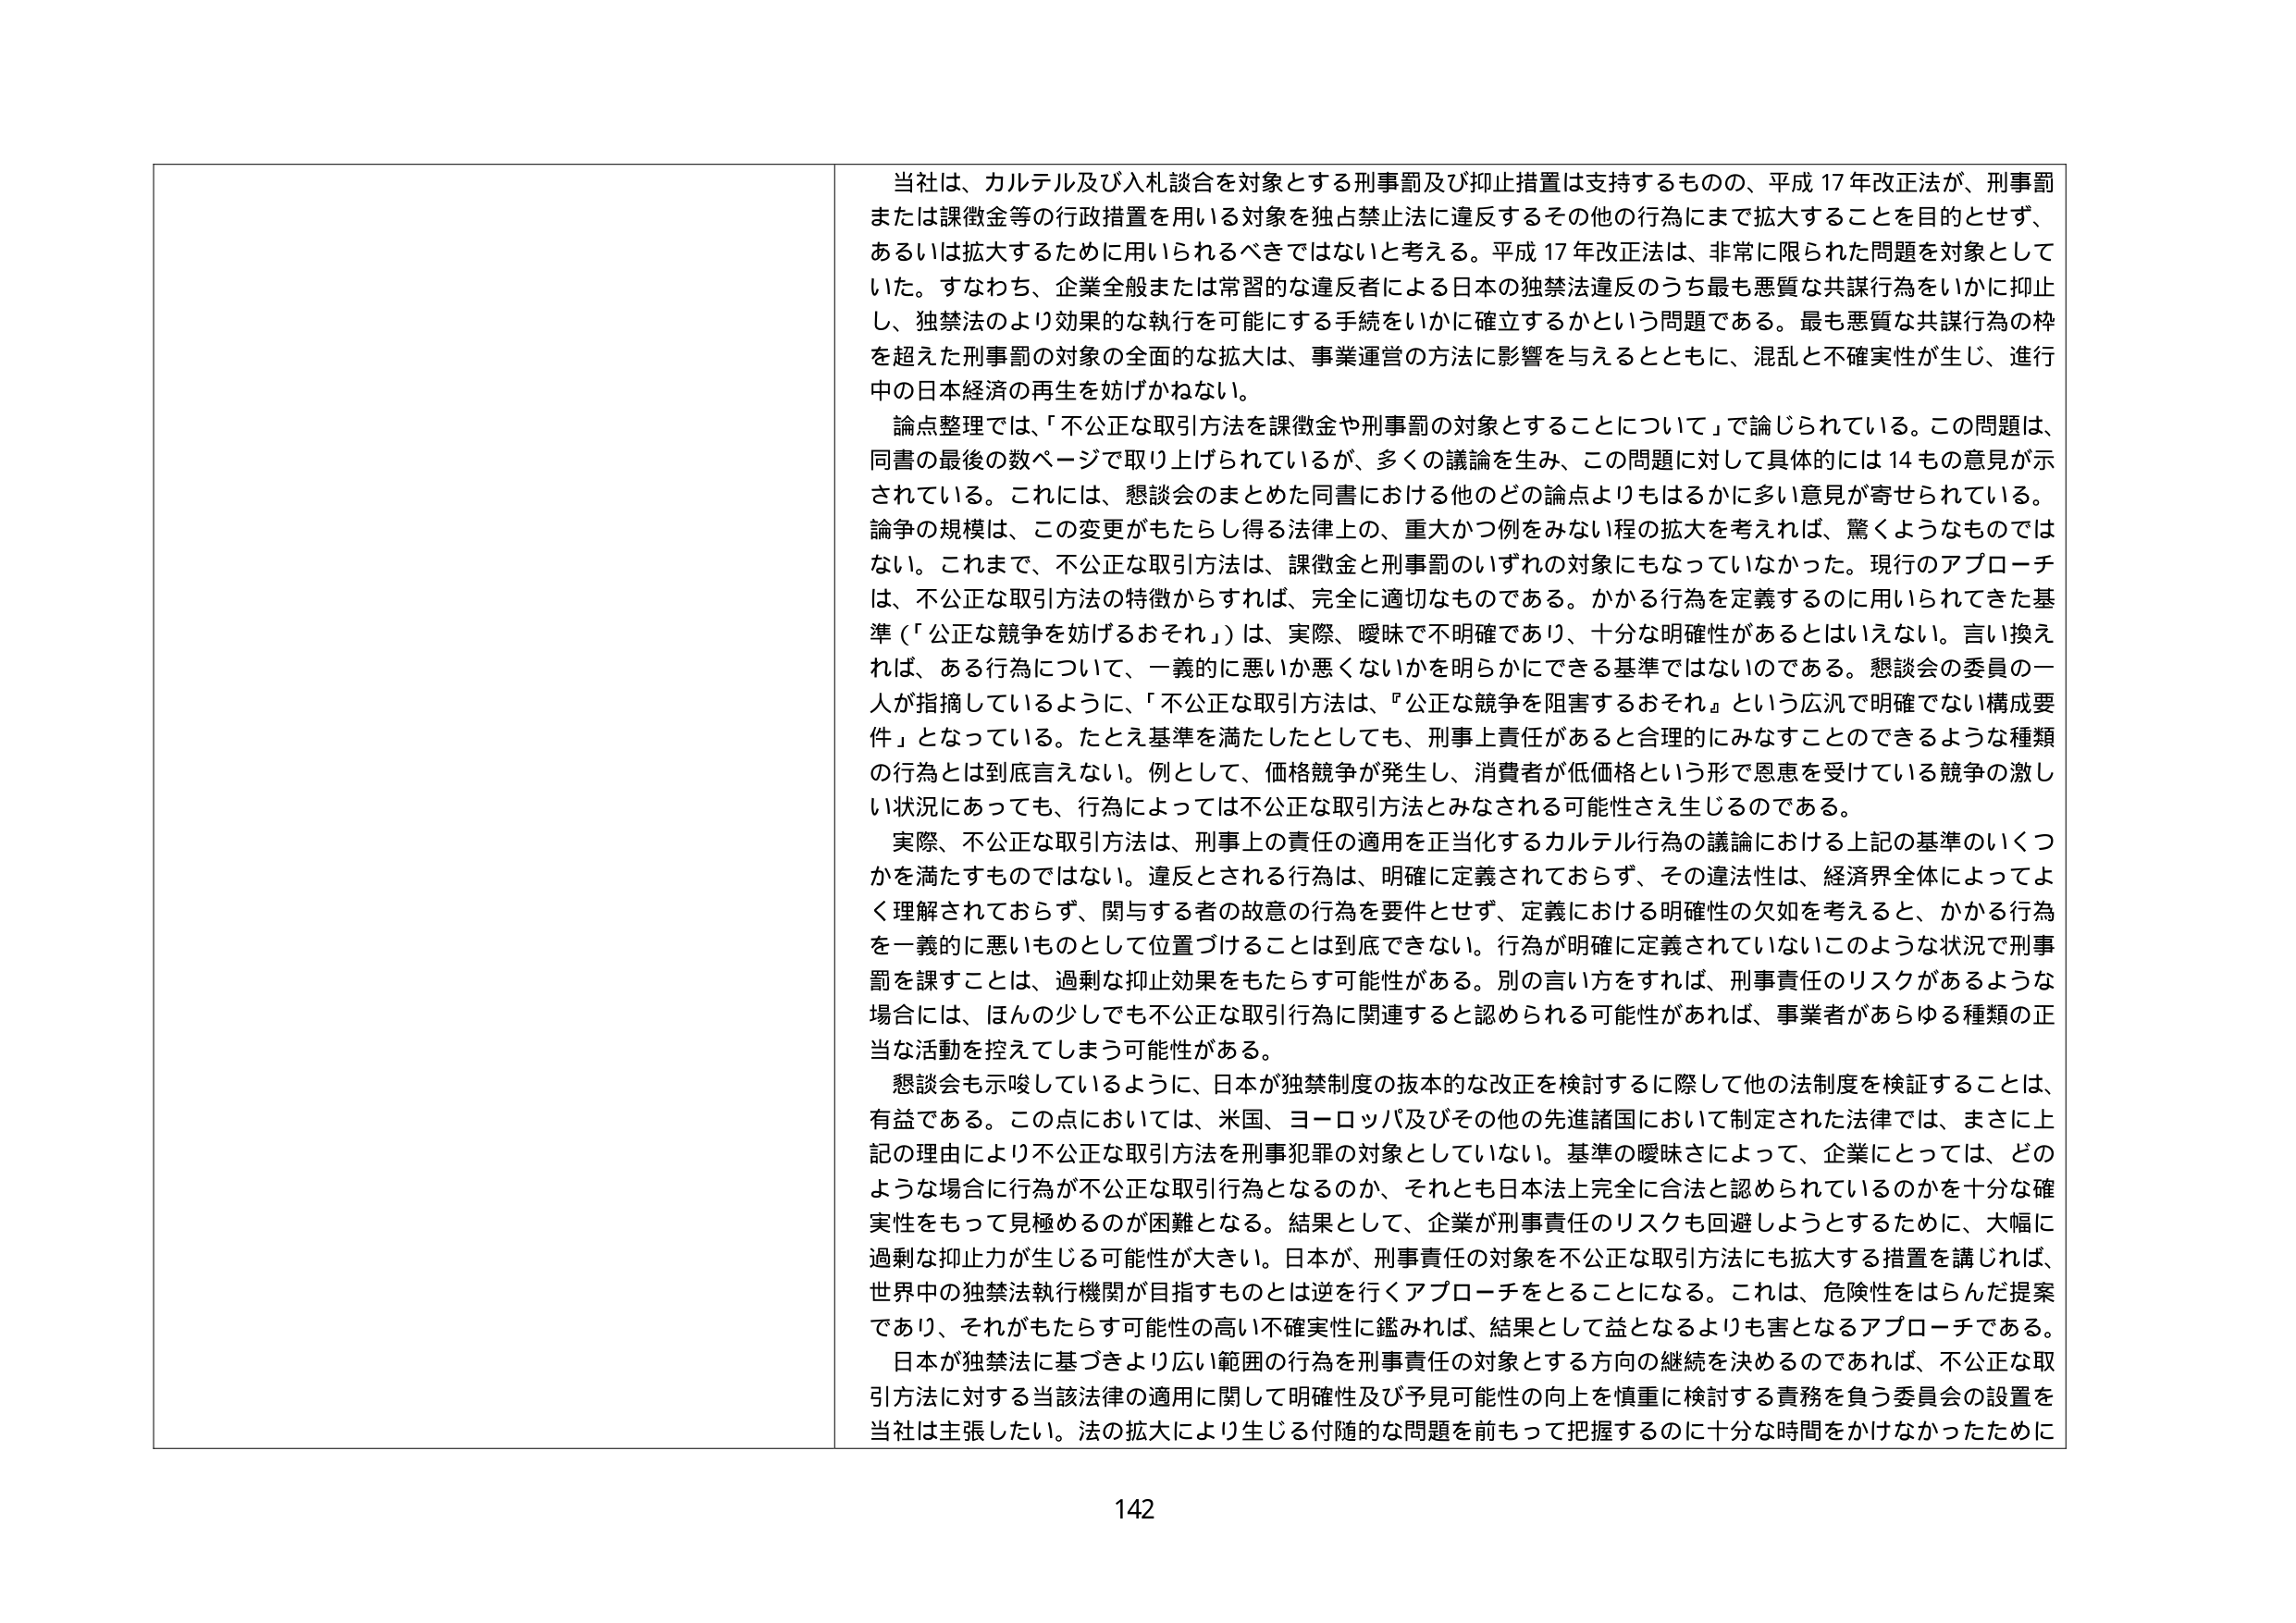
当社は、カルテル及び入札談合を対象とする刑事罰及び抑止措置は支持するものの、平成17年改正法が、刑事罰または課徴金等の行政措置を用いる対象を独占禁止法に違反するその他の行為にまで拡大することを目的とせず、あるいは拡大するために用いられるべきではないと考える。平成17年改正法は、非常に限られた問題を対象としていた。すなわち、企業全般または常習的な違反者による日本の独禁法違反のうち最も悪質な共謀行為をいかに抑止し、独禁法のより効果的な執行を可能にする手続をいかに確立するかという問題である。最も悪質な共謀行為の枠を超えた刑事罰の対象の全面的な拡大は、事業運営の方法に影響を与えるとともに、混乱と不確実性が生じ、進行中の日本経済の再生を妨げかねない。

論点整理では、「不公正な取引方法を課徴金や刑事罰の対象とすることについて」で論じられている。この問題は、同書の最後の数ページで取り上げられているが、多くの議論を生み、この問題に対して具体的には14もの意見が示されている。これには、懇談会のまとめた同書における他のどの論点よりもはるかに多い意見が寄せられている。論争の規模は、この変更がもたらし得る法律上の、重大かつ例をみない程の拡大を考えれば、驚くようなものではない。これまで、不公正な取引方法は、課徴金と刑事罰のいずれの対象にもなっていなかった。現行のアプローチは、不公正な取引方法の特徴からすれば、完全に適切なものである。かかる行為を定義するのに用いられてきた基準（「公正な競争を妨げるおそれ」）は、実際、曖昧で不明確であり、十分な明確性があるとはいえない。言い換えれば、ある行為について、一義的に悪いか悪くないかを明らかにできる基準ではないのである。懇談会の委員の一人が指摘しているように、「不公正な取引方法は、『公正な競争を阻害するおそれ』という広汎で明確でない構成要件」となっている。たとえ基準を満たしたとしても、刑事上責任があると合理的にみなすことができるような種類の行為とは到底言えない。例として、価格競争が発生し、消費者が低価格という形で恩恵を受けている競争の激しい状況にあっても、行為によっては不公正な取引方法とみなされる可能性さえ生じるのである。

実際、不公正な取引方法は、刑事上の責任の適用を正当化するカルテル行為の議論における上記の基準のいくつかを満たすものではない。違反とされる行為は、明確に定義されておらず、その違法性は、経済界全体によってよく理解されておらず、関与する者の故意の行為を要件とせず、定義における明確性の欠如を考えると、かかる行為を一義的に悪いものとして位置づけることは到底できない。行為が明確に定義されていないこのような状況で刑事罰を課すことは、過剰な抑止効果をもたらす可能性がある。別の言い方をすれば、刑事責任のリスクがあるような場合には、ほんの少しでも不公正な取引行為に関連すると認められる可能性があれば、事業者があらゆる種類の正当な活動を控えてしまう可能性がある。

懇談会も示唆しているように、日本が独禁制度の抜本的な改正を検討するに際して他の法制度を検証することは、有益である。この点においては、米国、ヨーロッパ及びその他の先進諸国において制定された法律では、まさに上記の理由により不公正な取引方法を刑事犯罪の対象としていない。基準の曖昧さによって、企業にとっては、どのような場合に行為が不公正な取引行為となるのか、それとも日本法上完全に合法と認められているのかを十分な確実性をもって見極めるのが困難となる。結果として、企業が刑事責任のリスクも回避しようとするために、大幅に過剰な抑止力が生じる可能性が大きい。日本が、刑事責任の対象を不公正な取引方法にも拡大する措置を講じれば、世界中の独禁法執行機関が目指すものとは逆を行くアプローチをとることになる。これは、危険性をはらんだ提案であり、それがもたらす可能性の高い不確実性に鑑みれば、結果として益となるよりも害となるアプローチである。

日本が独禁法に基づきより広い範囲の行為を刑事責任の対象とする方向の継続を決めるのであれば、不公正な取引方法に対する当該法律の適用に関して明確性及び予見可能性の向上を慎重に検討する責務を負う委員会の設置を当社は主張したい。法の拡大により生じる付随的な問題を前もって把握するのに十分な時間をかけなかったために

142